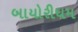
બાયોરીધમ